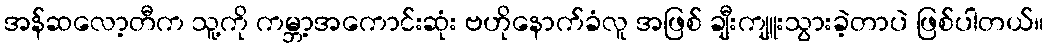
အန်ဆလော့တီက သူ့ကို ကမ္ဘာ့အကောင်းဆုံး ဗဟိုနောက်ခံလူ အဖြစ် ချီးကျူးသွားခဲ့တာပဲ ဖြစ်ပါတယ်။